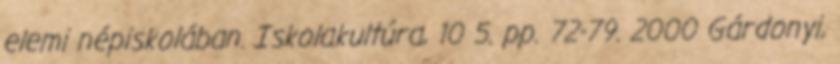
elemi népiskolában. Iskolakultúra, 10 5. pp. 72-79. 2000 Gárdonyi,